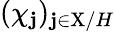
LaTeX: (\chi_{\mathbf{j}})_{\mathbf{j}\in\mathrm{{X}}/H}